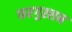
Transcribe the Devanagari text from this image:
फरगुस्सन